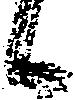
候